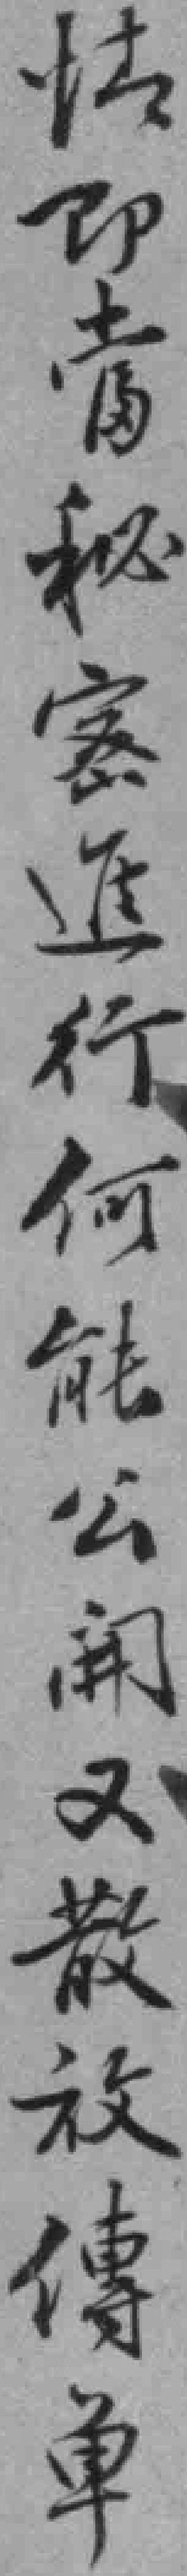
情即當秘密進行何能公開又散放傳单